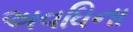
અવધિના